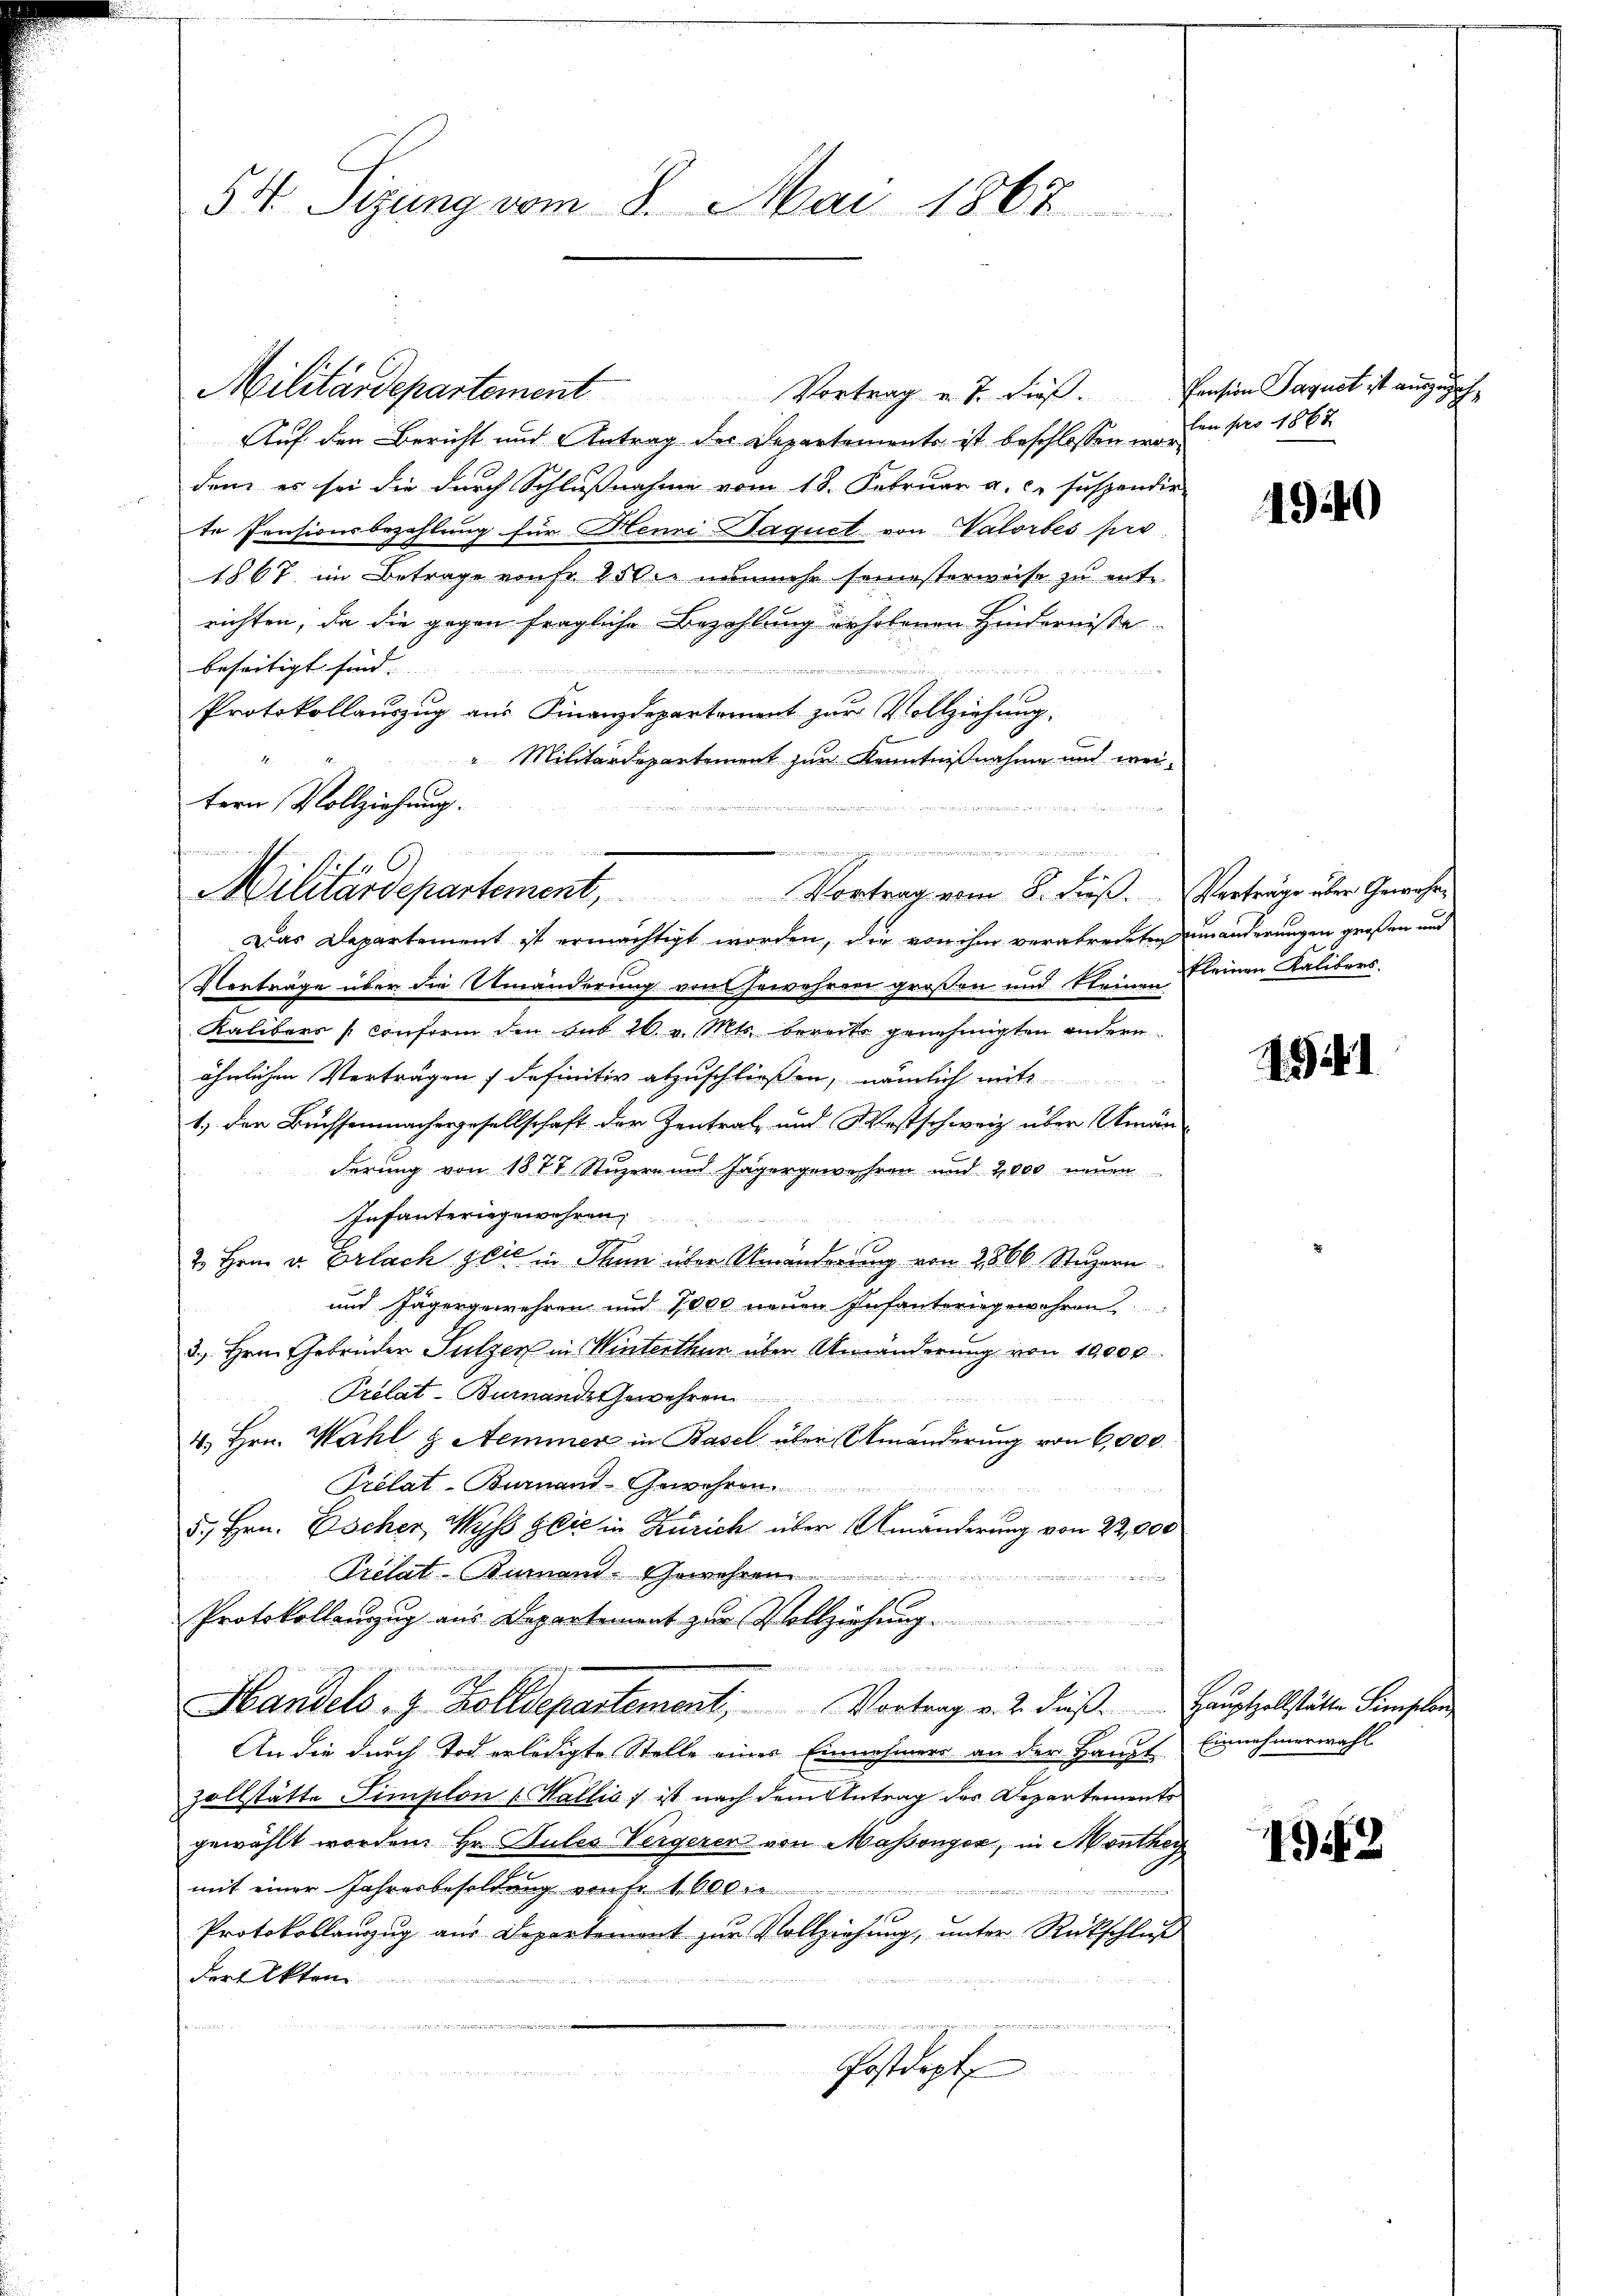
54. Sizung vom 8. Mai 1867

tern Vollziehung.
än
u
f
MMilitardepartement, Vortrag vom 8. Fuß.

Militärdepartement Vortrag u. 7. dieβ.
Auf den Bericht und Antrag des Departements ist beschlossen worden es sei die durch Schlußnahme vom 18. Februar a. c. suspendir
te Pensionsbezahlung für Henri aquet von Valorbes pro¬
1867 im Betrage vonfr 150 nunmehr seinesterweise zu ent-
richten, da die gegen fragliche Bezahlung erhobenen Hindernisse
beseitigt sind
 ür die
n
Protokollauszug aus Finanzdepartement zur Vollziehung.
" Militärdepartement zur Kenntnißnahme und wei¬
Das Departement ist ermächtigt worden, die von ihm verabredeten einanderungen großen und
Vorträge über die Umänderung von Gewehren großen und kleinen
Kalibers (conform den sub 20. v. Mts. bereits genehmigten andern
ähnlichen Verträgen / definitiv abzuschließen, nämlich mit
1.) den Buchsenmachergesellschaft der Zentral- und Westschweiz über Umän
derung von 1877 Stuzern und Jägergewehren und 2,000 neuen
Infanteringewahren

0
2 Hrn. v. Erlach zeit in Thun über Veränderung von 2500 Stuporn
und Jägergewehren und 7000 neuen Infanterngewähren
s
3., Hrn. Gebrüder Sulzer in Winterthur über Umränderung von 10000
Prelat-Burnande Gewehren
n
4. Hrn. Wahl & Aeminer in Basel über Umänderung von 6,000.
Prélat-Burnant-Gewehren.
5., Hrn. Escher Wyss sie in Zürich über Umänderung von 22,000
Trelat-Burnend. Gewehren
.
Protokollenzug aus Departement zur Vollziehung.
2 mit
 in den denen und
g
Handels- & Zolldepartement. Vortrag v. 2. dieβ. Hauptzollstätte Simplon
An die durch Tod erledigte Stelle einer Einnehmer an der Haupt
zollstätte Simplon l Wallis, ist nach dem Antrag des Departements
gewählt worden. Hr. Bules Vergerer von Massenger, in Monther,
mit einer Jahresbesoldung von Fr. 4000

.
Protokollanzug aus Departemont zur Vollziehung, unter Rückschluß
Fort Akten.
 iren in Berner
s
n
Postdept

Pension Segnet ist auszuzahkn f 18 xx

1940

Verträge über Gewähre
kleinen Kalibers

4541

Einnehmerwahl

192